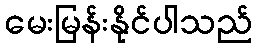
မေးမြန်းနိုင်ပါသည်